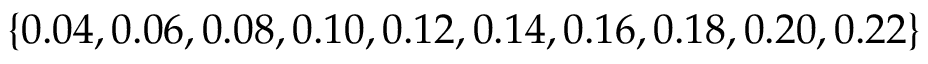
\{ 0 . 0 4 , 0 . 0 6 , 0 . 0 8 , 0 . 1 0 , 0 . 1 2 , 0 . 1 4 , 0 . 1 6 , 0 . 1 8 , 0 . 2 0 , 0 . 2 2 \}